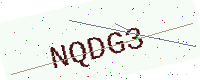
Text: NQDG3